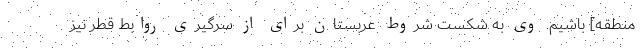
منطقه] باشیم. وی به شکست شروط عربستان برای از سرگیری روابط قطر نیز